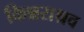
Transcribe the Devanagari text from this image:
किन्नराश्रव